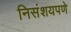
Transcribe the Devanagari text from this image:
निसंशयपणे